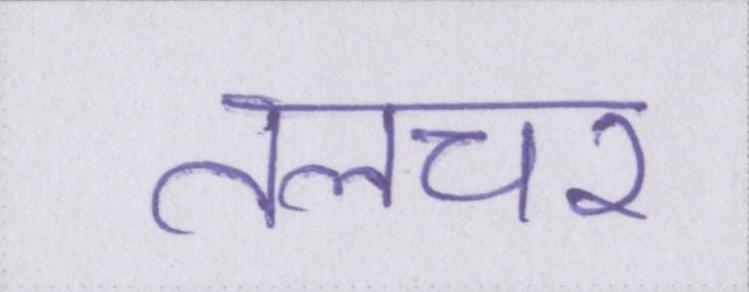
तलचर